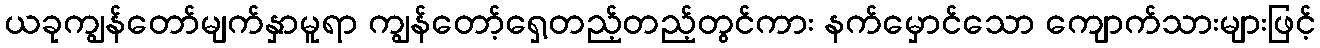
ယခုကျွန်တော်မျက်နှာမူရာ ကျွန်တော့်ရှေ့တည့်တည့်တွင်ကား နက်မှောင်သော ကျောက်သားများဖြင့်